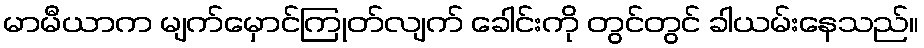
မာမီယာက မျက်မှောင်ကြုတ်လျက် ခေါင်းကို တွင်တွင် ခါယမ်းနေသည်။